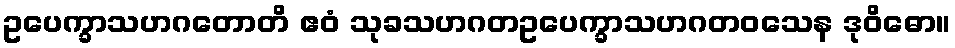
ဥပေက္ခာသဟဂတောတိ ဧဝံ သုခသဟဂတဥပေက္ခာသဟဂတဝသေန ဒုဝိဓော။